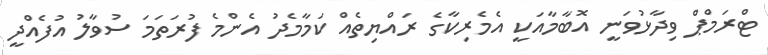
ޓްރަމްޕް ވިދާޅުވަނީ އޮބާމާއަކީ އެމެރިކާގެ ރައްޔިތެއް ކަމާމެދު އެންމެ ފުރަތަމަ ސުވާލު އުފެއްދީ